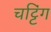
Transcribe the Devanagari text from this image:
चट्टिंग